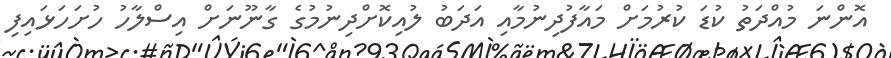
އޮންނަ މުއްދަތު ކުޑަ ކުރުމަށް މައާފުދިނުމާއި އަދަބު ލުއިކޮށްދިނުމުގެ ގާނޫނަށް އިސްލާހު ހުށަހަޅައިފި